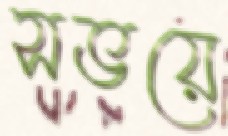
সভয়ে